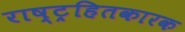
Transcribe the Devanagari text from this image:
राष्ट्रहितकारक